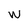
Character: W